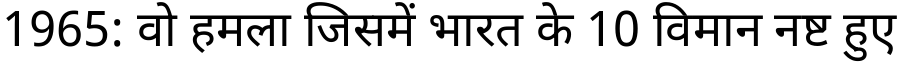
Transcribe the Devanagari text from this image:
1965: वो हमला जिसमें भारत के 10 विमान नष्ट हुए